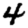
Digit: 4